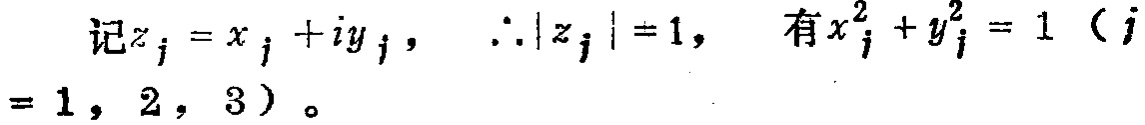
记$z_{j}=x_{j}+iy_{j}$，$\therefore|z_{j}| = 1$， 有$x_{j}^{2}+y_{j}^{2}=1$（$j = 1,2,3$）。